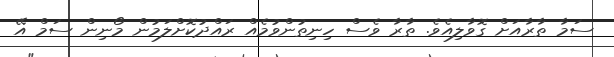
ސަމާ ތާރާއަށް ގޮވާލިއެވެ. ތާރާ ވެސް ހިނިތުންވުމެއް ރައްދުކޮށްލަމުން މޯނިން ސަމް އޭ